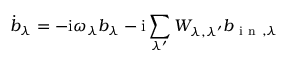
\dot { b } _ { \lambda } = - \mathrm { i } \omega _ { \lambda } b _ { \lambda } - \mathrm { i } \sum _ { \lambda ^ { \prime } } W _ { \lambda , \lambda ^ { \prime } } b _ { \mathrm { ~ i ~ n ~ } , \lambda }